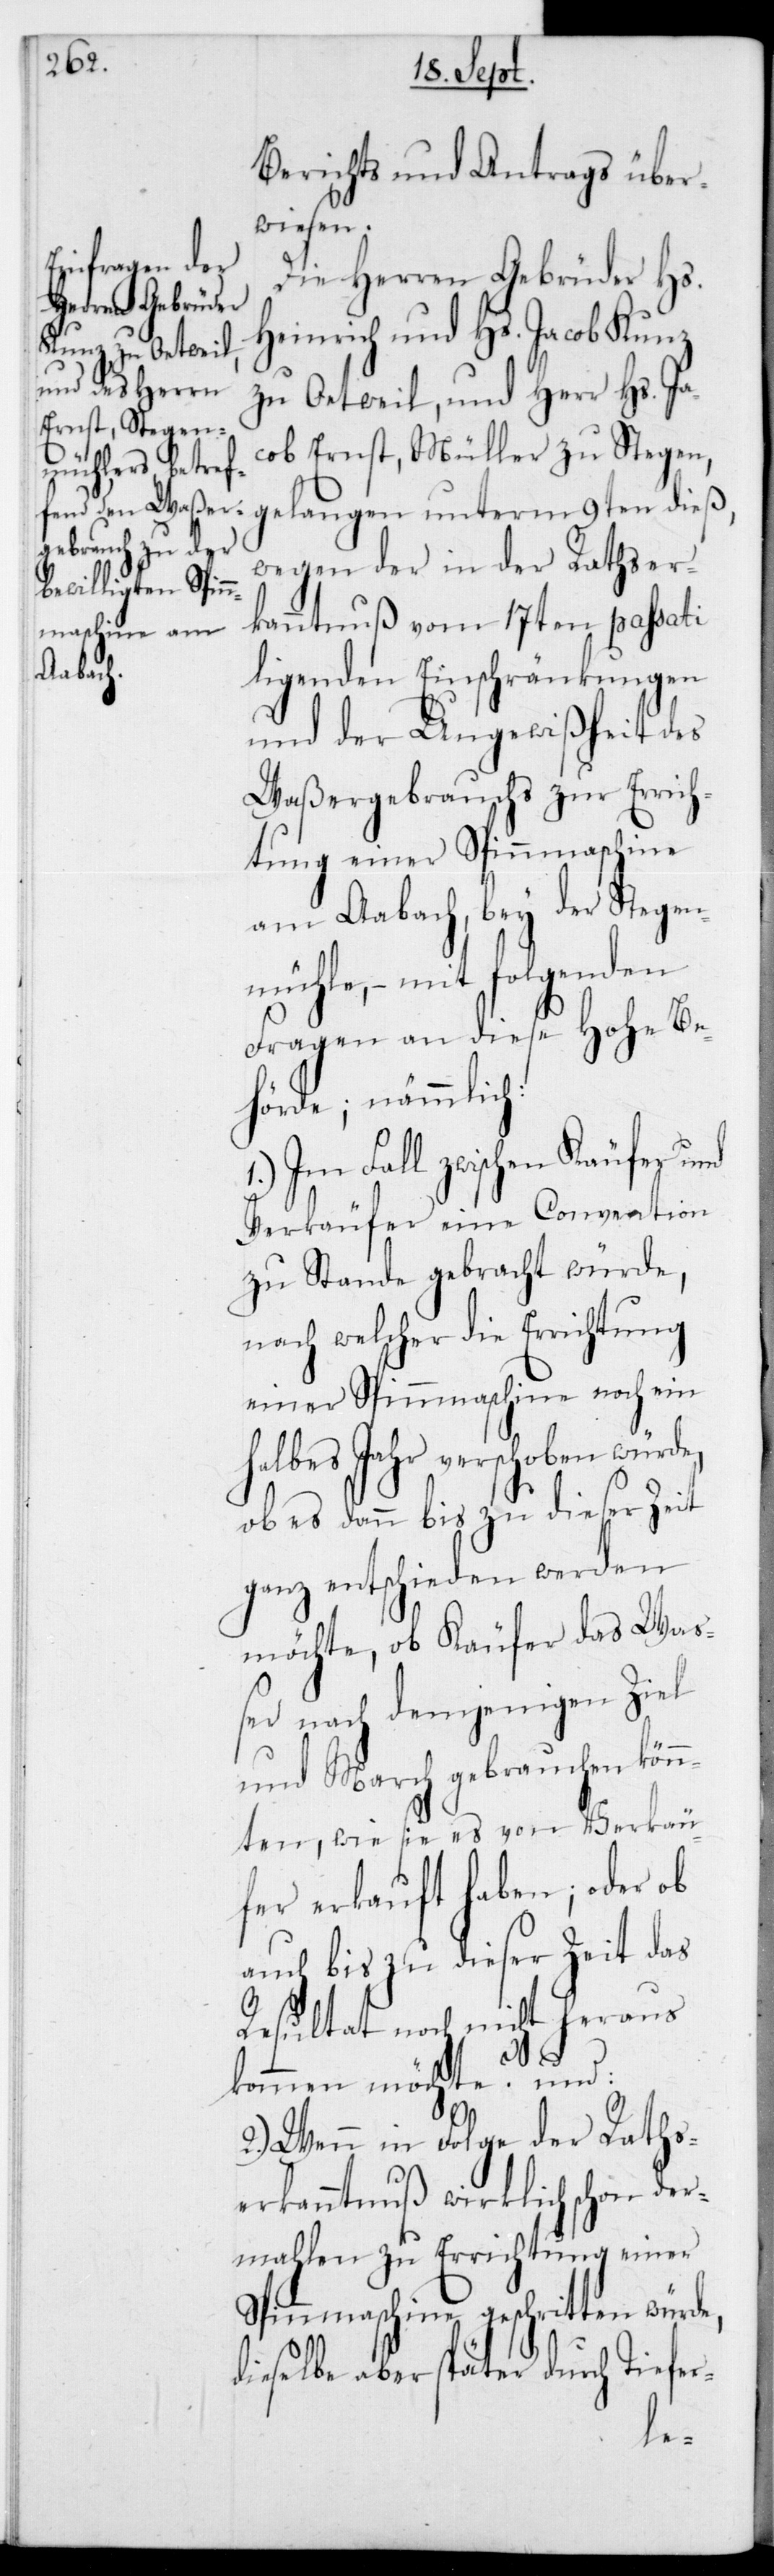
Berichts und Antrags über¬
wiesen.
Die Herren Gebrüder Hs.
Heinrich und Hs. Jacob Kunz
zu Oetweil, und Herr Hs. Ja¬
cob Ernst, Müller zu Stegen,
gelangen unterm 9ten dieß,
wegen der in der Rathser¬
kanntnuß vom 17ten passati
liegenden Einschränkungen
und der Ungewißheit des
Waßergebrauchs zur Errich¬
tung einer Spinnmaschine
am Aabach, bey der Stegen¬
mühle, – mit folgenden
Fragen an diese Hohe Be¬
hörde, nämmlich:
1.) Im Fall zwischen Käufer und
Verkäufer eine Convention
zu Stande gebracht würde,
nach welcher die Errichtung
einer Spinnmaschine noch ein
halbes Jahr verschoben würde,
ob es dann bis zu dieser Zeit
ganz entschieden werden
möchte, ob Käufer das Wa¬
ßer nach demjenigen Ziel
und March gebrauchen kön¬
nten, wie sie es von Verkäu¬
fer erkauft haben; oder ob
auch bis zu dieser Zeit das
Resultat noch nicht heraus¬
kommen möchte? – und
2.) Wenn in Folge der Raths¬
erkanntnuß wirklich schon der¬
mahlen zu Errichtung einer
Spinnmaschine geschritten
dieselbe aber später durch Tiefer-